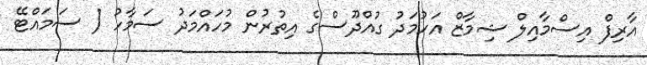
އާރިފް އިސްމާއިލް ޝިމާޒް އަހުމަދު ގުއްދޫސްގެ އިތުރުން މުހައްމަދު ސަމާހު ( ސަމައްޓޭ